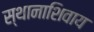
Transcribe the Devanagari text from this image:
स्थानाशिवाय